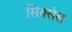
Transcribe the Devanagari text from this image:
सिक्सेस